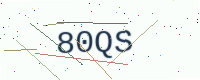
Text: 80QS